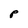
Character: P